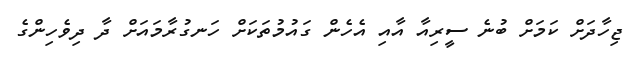
ޖިހާދަށް ކަމަށް ބުނެ ސީރިއާ އާއި އެހެން ގައުމުތަކަށް ހަނގުރާމައަށް ދާ ދިވެހިންގެ